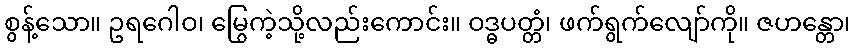
စွန့်သော။ ဥရဂေါဝ၊ မြွေကဲ့သို့လည်းကောင်း။ ဝဒ္ဓပတ္တံ၊ ဖက်ရွက်လျော်ကို။ ဇဟန္တော၊